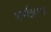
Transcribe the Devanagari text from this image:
शर्मन्नम्भः